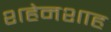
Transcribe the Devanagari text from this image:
शहेनशाह